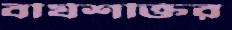
বীর্যশক্তির